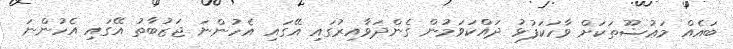
ބައެއް މަޢުޟޫތަކަށް ވާހަކަފުޅު ދައްކަވަމުން ގެންދަވާއިރުގައި އޭގައި އެހުންނަ ޖަޒުބާތު އޭގައި އެހުންނަ